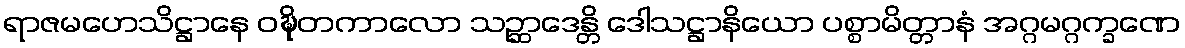
ရာဇမဟေသိဋ္ဌာနေ ဝဍ္ဎိတကာလော သဉ္ဆာဒေန္တိ ဒေါသဋ္ဌာနိယော ပစ္စာမိတ္တာနံ အဂ္ဂမဂ္ဂက္ခဏေ